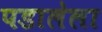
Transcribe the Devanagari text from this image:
पडालेला